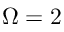
\Omega = 2